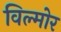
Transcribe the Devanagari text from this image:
विल्मोर